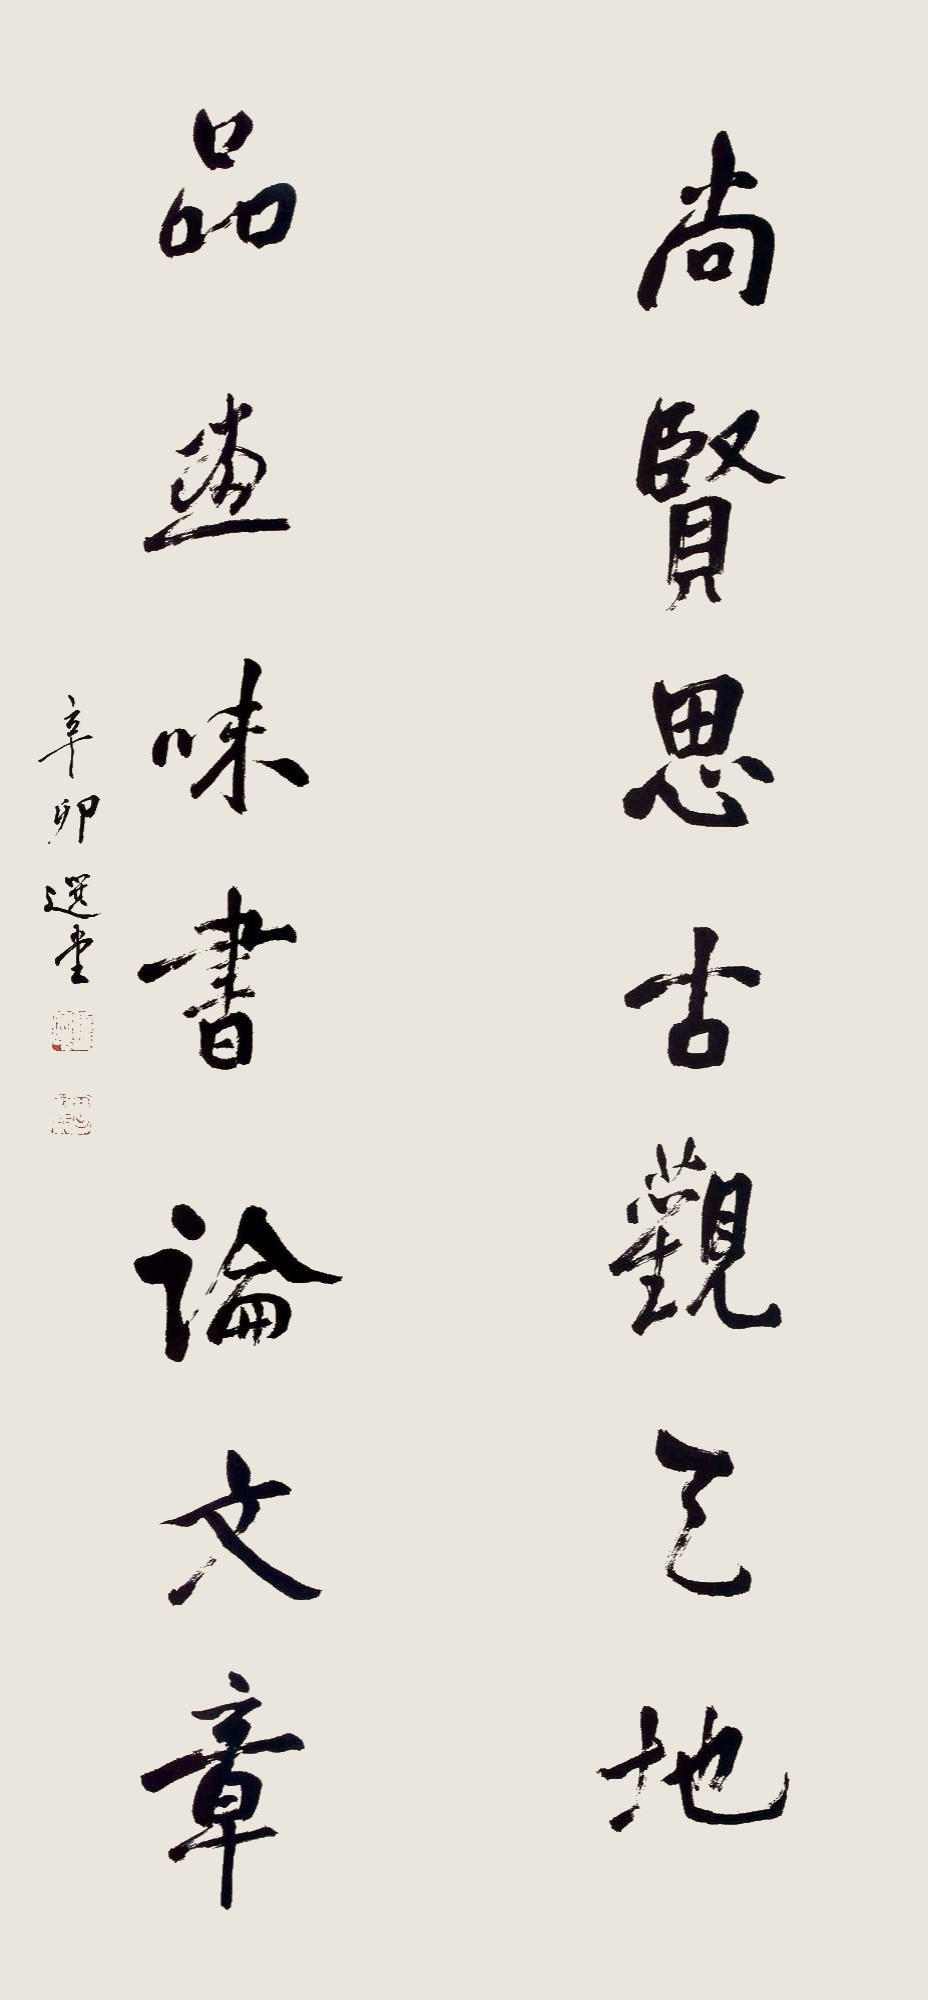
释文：尚贤思古观天地，品画味书论文章。辛卯，选堂。